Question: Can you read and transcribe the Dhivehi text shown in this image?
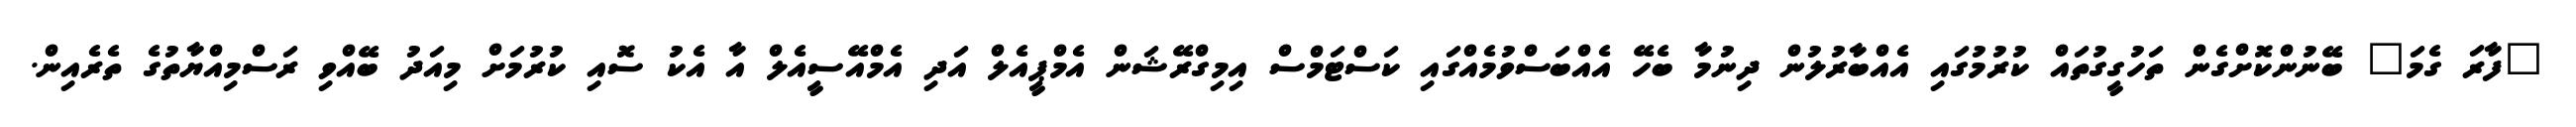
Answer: "ފާރަ ގެމަ" ބޭނުންކޮށްގެން ތަހުގީގުތައް ކުރުމުގައި އެއްބާރުލުން ދިނުމާ ބެހޭ އެއްބަސްވުމެއްގައި ކަސްޓަމްސް އިމިގްރޭޝަން އެމްޕީއެލް އަދި އެމްއޭސީއެލް އާ އެކު ސޮއި ކުރުމަށް މިއަދު ބޭއްވި ރަސްމިއްޔާތުގެ ތެރެއިން.